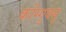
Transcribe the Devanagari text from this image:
कोंग्गुक्सू